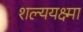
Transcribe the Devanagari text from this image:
शल्ययक्ष्मा